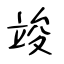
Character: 竣